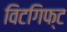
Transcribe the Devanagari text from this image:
विटगिफ्ट